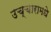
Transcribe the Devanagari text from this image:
उच्चारामधे